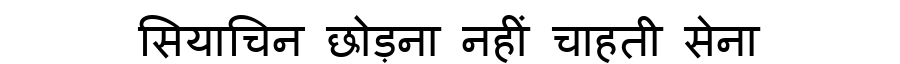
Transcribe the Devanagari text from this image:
सियाचिन छोड़ना नहीं चाहती सेना